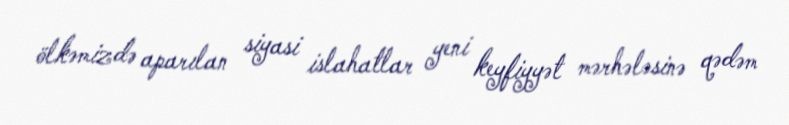
ölkəmizdə aparılan siyasi islahatlar yeni keyfiyyət mərhələsinə qədəm